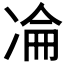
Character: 𠗣